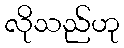
လိုသည်ဟု